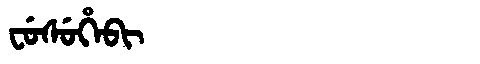
Manchu: ᠸᡠᠰᡠᡥᡝᠪᡳ
Romanization: FUSUHEBI